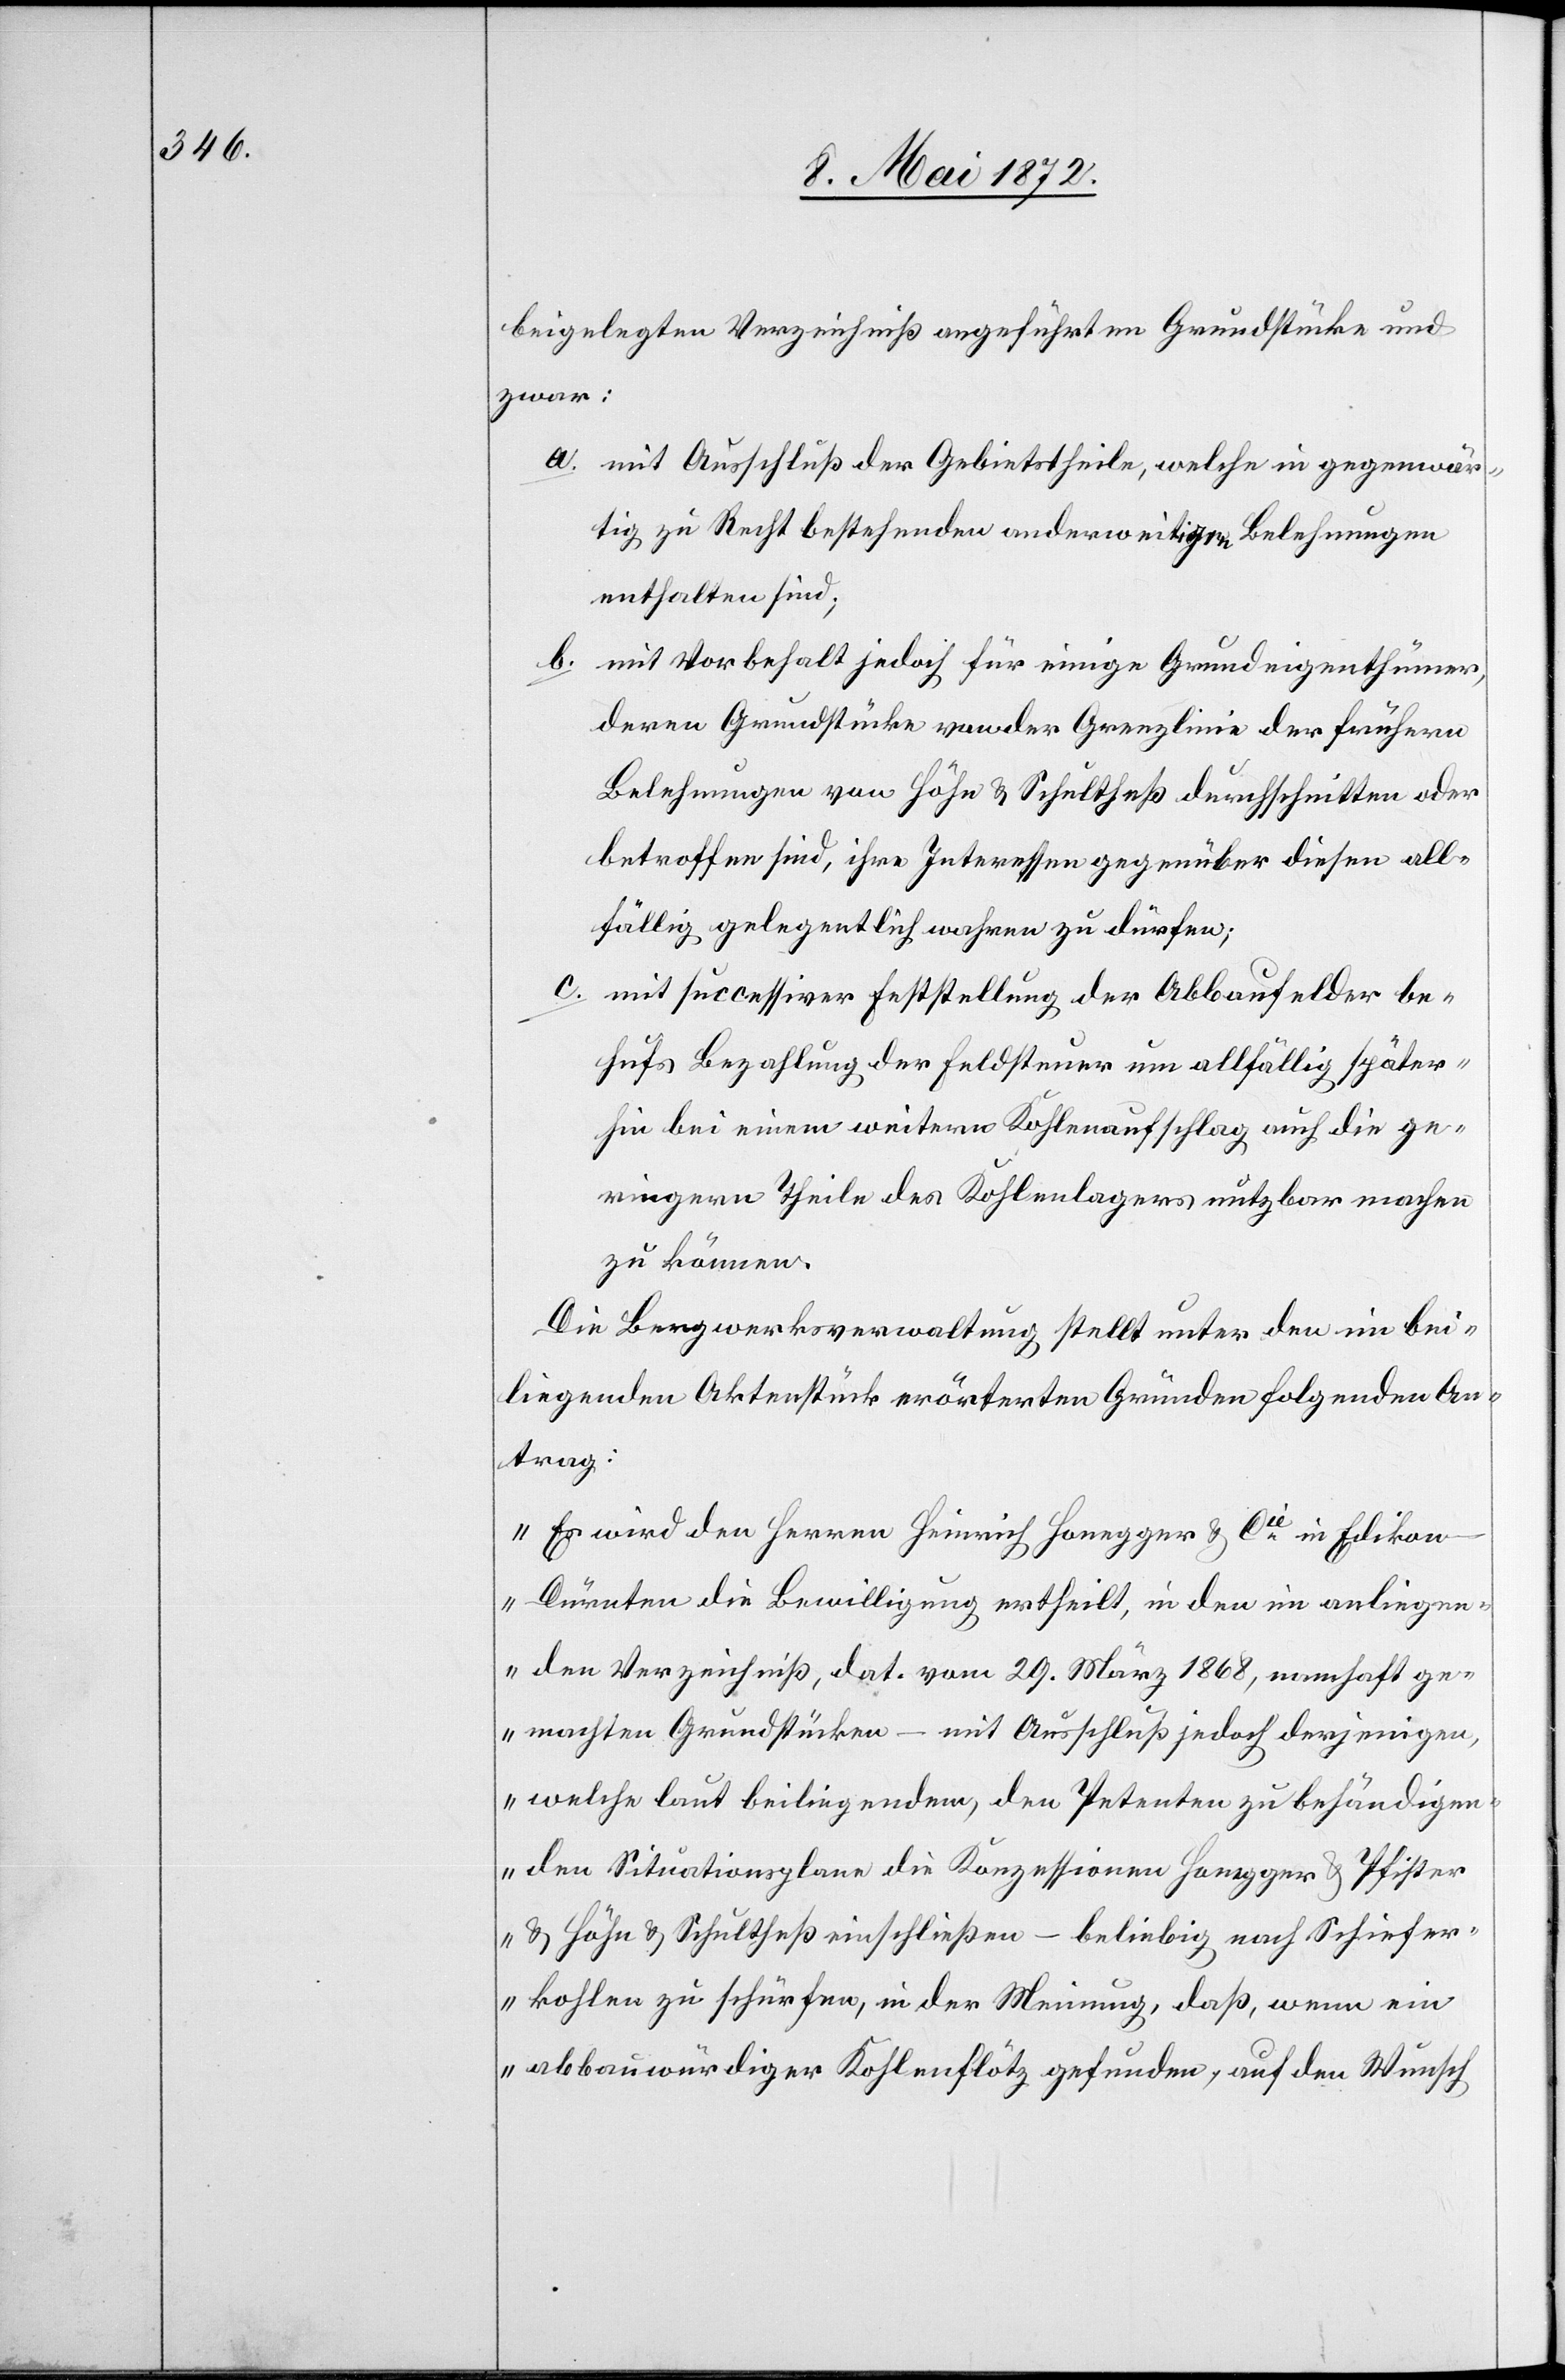
beigelegten Verzeichniß angeführten Grundstücke und
zwar:
a. mit Ausschluß der Gebietstheile, welche in gegenwär¬
tig zu Recht bestehenden anderweitigen Belehnungen
enthalten sind;
b. mit Vorbehalt jedoch für einige Grundeigenthümer,
deren Grundstücke von der Grenzlinie der frühern
Belehnungen von Höhn u. Schultheß durchschnitten oder
betroffen sind, ihre Interessen gegenüber diesen all¬
fällig gelegentlich wahren zu dürfen;
c. mit successiver Feststellung der Abbaufelder be¬
hufs Bezahlung der Feldsteuer um allfällig später¬
hin bei einem weitern Kohlenaufschlag auch die ge¬
ringern Theile des Kohlenlagers nutzbar machen
zu können.
Die Bergwerksverwaltung stellt unter den im bei¬
liegendem Aktenstück erörterten Gründen folgenden An¬
trag:
„Es wird den Herren Heinrich Honegger u. Cie in Ediko¬
n-Dürnten die Bewilligung ertheilt, in den im anliegen¬
den Verzeichniß, dat. vom 29. März 1868, namhaft ge¬
machten Grundstücken – mit Ausschluß jedoch derjenigen,
welche laut beiliegendem, den Petenten zu behändigen¬
den Situationsplane die Konzessionen Honegger u. Pfister
u. Höhn u. Schultheß einschließen – beliebig nach Schiefer¬
kohlen zu schürfen, in der Meinung, daß, wenn ein
abbauwürdiger Kohlenflötz gefunden, auf den Wunsch